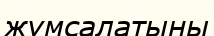
жұмсалатыны